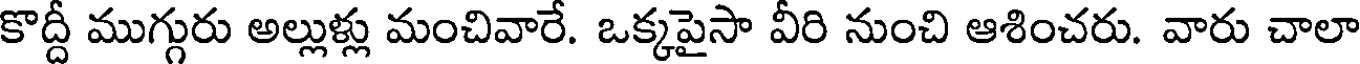
కొద్దీ ముగ్గురు అల్లుళ్లు మంచివారే. ఒక్కపైసా వీరి నుంచి ఆశించరు. వారు చాలా